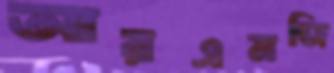
আরএমজি